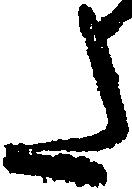
た